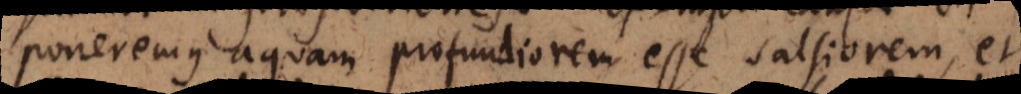
poneremus aquam profundiorem esse salsiorem, et